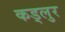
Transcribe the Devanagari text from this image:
कड्लुर